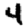
Digit: 4